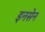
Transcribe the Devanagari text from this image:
इनसेन